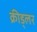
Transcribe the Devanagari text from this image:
क्रीड्लर